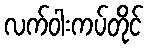
လက်ဝါးကပ်တိုင်